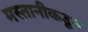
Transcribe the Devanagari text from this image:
मस्तानीकडून